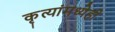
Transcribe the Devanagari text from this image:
कृत्यांमध्येही